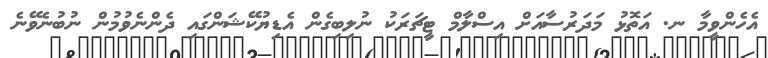
އެހެންވީމާ ނ. އަތޮޅު މަދަރުސާއަށް އިސްލާމް ޓީޗަރަކު ނުލިބިގެން އެޑިޔުކޭޝަންގައި ދެންނެވުމުން ނުބުނެވޭނެ